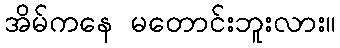
အိမ်ကနေ မတောင်းဘူးလား။